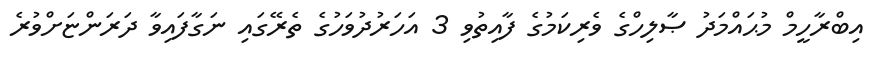
އިބްރާހީމް މުޙައްމަދު ޞާލިހްގެ ވެރިކަމުގެ ފާއިތުވި 3 އަހަރުދުވަހުގެ ތެރޭގައި ނަގާފައިވާ ދަރަންޏަށްވުރެ